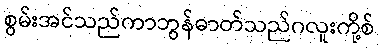
စွမ်းအင်သည်ကာဘွန်ဓာတ်သည်ဂလူးကို့စ်